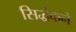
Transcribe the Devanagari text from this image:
सिद्धंकने